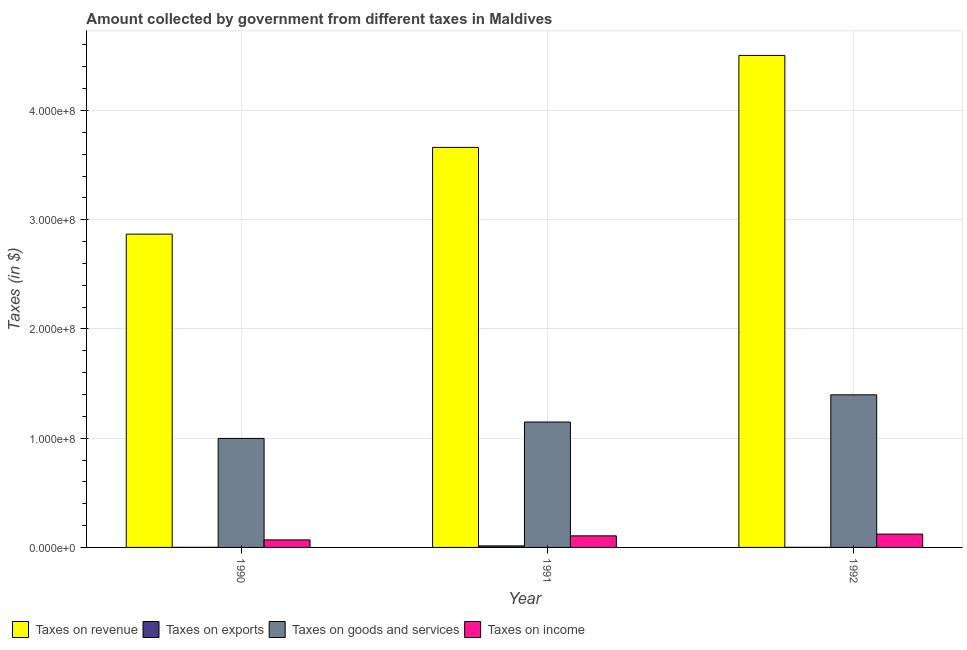
| Year | Taxes on revenue | Taxes on exports | Taxes on goods and services | Taxes on income |
 | --- | --- | --- | --- | --- |
 | 1990 | 2.87e+08 | 1e+05 | 9.98e+07 | 6.9e+06 |
 | 1991 | 3.66e+08 | 1.4e+06 | 1.15e+08 | 1.06e+07 |
 | 1992 | 4.5e+08 | 1e+05 | 1.4e+08 | 1.22e+07 |